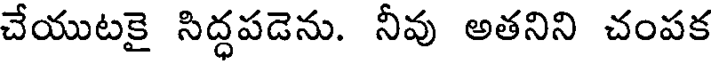
చేయుటకై సిద్ధపడెను. నీవు అతనిని చంపక